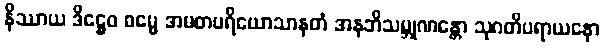
နိဿာယ ဒိဋ္ဌေဝ ဓမ္မေ အမတပရိယောသာနတံ အနဘိသမ္ဘုဏန္တော သုဂတိပရာယနော